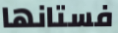
فستانها